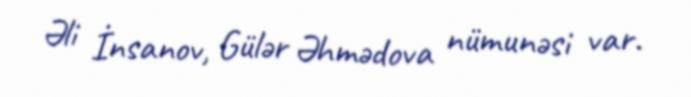
Əli İnsanov, Gülər Əhmədova nümunəsi var.